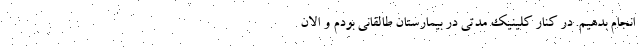
انجام بدهیم. در کنار کلینیک مدتی در بیمارستان طالقانی بودم و الان